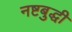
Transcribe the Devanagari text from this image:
नष्टबुद्धी